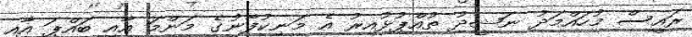
ރައީސް މުހައްމަދު ނަޝީދު ތުއްޕުޅުއިރު އެ މަނިކުފާނުގެ މަންމަ އާއި ބައްޕަ އާއި